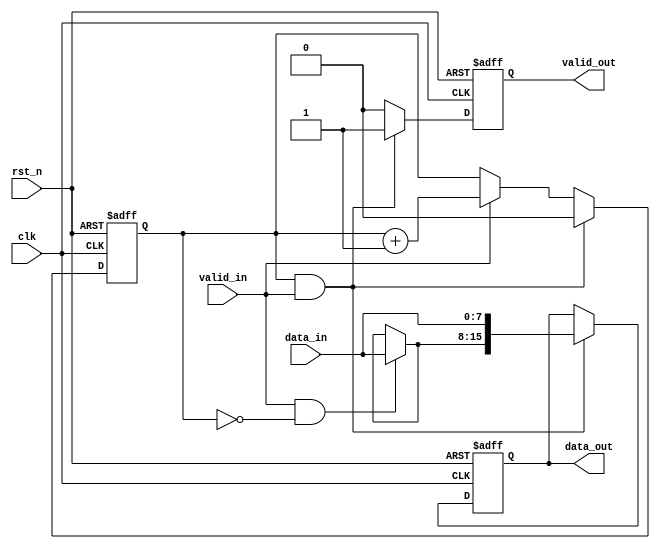
`timescale 1ns / 1ps
//////////////////////////////////////////////////////////////////////////////////
// Company: 
// Engineer: 
// 
// Design Name: 
// Module Name: width_8to16
// Project Name: 
// Target Devices: 
// Tool Versions: 
// Description: 
// 
// Dependencies: 
// 
// Revision:
// Revision 0.01 - File Created
// Additional Comments:
// 
//////////////////////////////////////////////////////////////////////////////////


module width_8to16(
	input				clk,   
	input 				rst_n,
	input				valid_in,
	input		[7:0]	data_in,
 
 	output	reg			valid_out,
	output	reg [15:0]	data_out
);

reg     [0 : 0] eightBitCounter;

always@(posedge clk or negedge rst_n)
	if(!rst_n)
		eightBitCounter <= 1'd0;
    else if(eightBitCounter == 1'd1 && valid_in == 1'b1)
//    else if(eightBitCounter == 1'd1)
		eightBitCounter <= 1'd0;
//    else if(eightBitCounter == 2'd2)
//		eightBitCounter <= 2'd0;
    else if(valid_in == 1'b1)
		eightBitCounter <= eightBitCounter + 1'd1;
	else
		eightBitCounter <= eightBitCounter;

always@(posedge clk or negedge rst_n)
	if(!rst_n)
		valid_out <= 1'b0;
	else if (eightBitCounter == 2'd1 && valid_in)
		valid_out <= 1'b1;
	else
		valid_out <= 1'b0;
wire    [7:0] data_inBuffer;
assign data_inBuffer = (valid_in && eightBitCounter == 1'd0) ? data_in : data_inBuffer;

always@(posedge clk or negedge rst_n)
	if(!rst_n)
		data_out <= 16'b0;
//	else if(!valid_out && valid_in && eightBitCounter == 1'd0)
//        data_out[15 : 8] <= data_in;
////	else if(valid_in && eightBitCounter == 2'd1)
////        data_out[15 : 8] <= data_in;
	else if(valid_in && eightBitCounter == 1'd1)
//		data_out[7 : 0] <= data_in;
		data_out <= {data_inBuffer, data_in};
	else
		data_out <= data_out;
endmodule
//test1